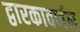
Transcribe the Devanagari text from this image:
द्वारकावर्णन